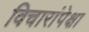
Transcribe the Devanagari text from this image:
विचारांपेक्षा